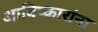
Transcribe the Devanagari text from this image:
आविष्कारांना